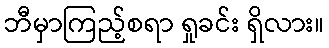
ဘီမှာကြည့်စရာ ရှုခင်း ရှိလား။